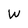
Character: W